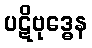
ပဋိဗုဒ္ဓေန